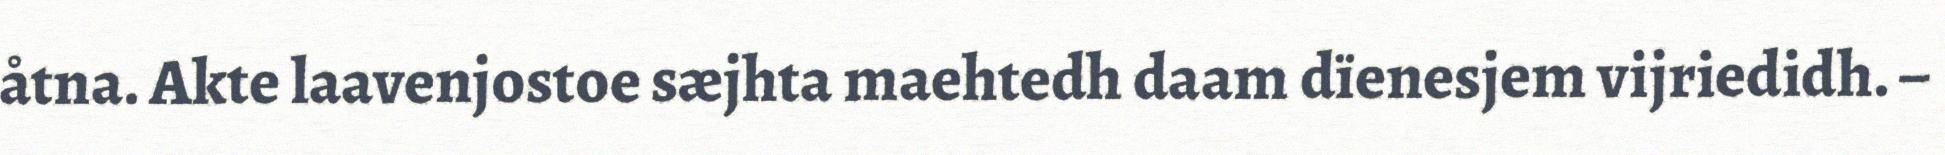
åtna. Akte laavenjostoe sæjhta maehtedh daam dïenesjem vijriedidh. –